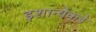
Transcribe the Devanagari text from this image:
इशान्येकडे